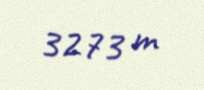
3273 m